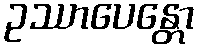
ဥဿာပေန္တော